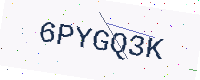
Text: 6PYGQ3K